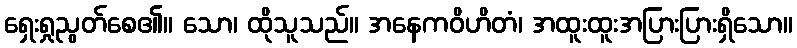
ရှေးရှုညွတ်စေ၏။ သော၊ ထိုသူသည်။ အနေကဝိဟိတံ၊ အထူးထူးအပြားပြားရှိသော။